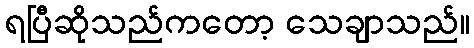
ရပြီဆိုသည်ကတော့ သေချာသည်။